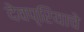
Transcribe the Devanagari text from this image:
देवप्रियाचे